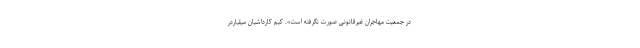
در جمعیت مهاجران غیرقانونی صورت نگرفته است». کیم کارداشیان میلیاردر